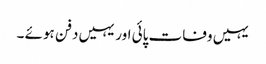
یہیں وفات پائی اور یہیں دفن ہوئے ۔